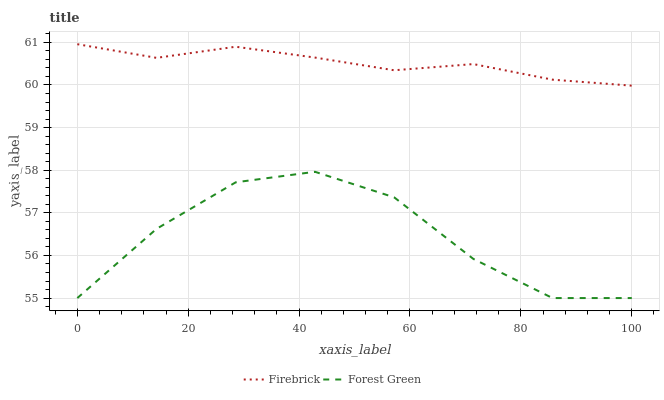
| xaxis_label | Firebrick | Forest Green |
 | --- | --- | --- |
 | 0 | 61 | 55 |
 | 14.3 | 60.6 | 56.6 |
 | 28.6 | 60.9 | 57.7 |
 | 42.9 | 60.6 | 58 |
 | 57.1 | 60.3 | 57.4 |
 | 71.4 | 60.5 | 55.9 |
 | 85.7 | 60.1 | 55 |
 | 100 | 60 | 55 |